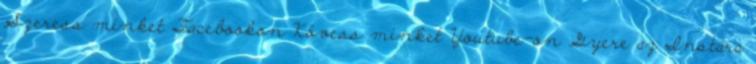
Szeress minket Facebookon Kövess minket Youtube-on Gyere az Instára